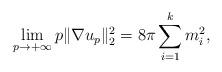
LaTeX: \begin{align*}\lim_{p\rightarrow +\infty}p\|\nabla u_{p}\|_2^2= 8\pi \sum_{i=1}^k m_i^2,\end{align*}